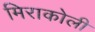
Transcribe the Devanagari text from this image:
मिराकोली